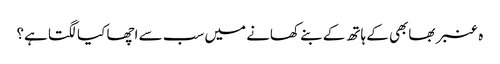
ہ عنبر بھابھی کے ہاتھ کے بنے کھانے میں سب سے اچھا کیا لگتا ہے؟